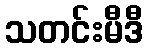
သတင်းမီဒီ